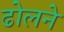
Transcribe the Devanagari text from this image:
ढोलने